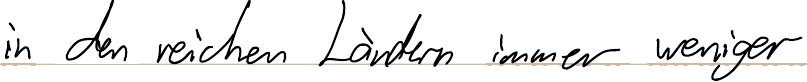
in den reichen Ländern immer weniger